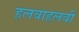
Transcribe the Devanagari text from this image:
हलवाहलवी